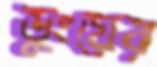
ডুংয়ের